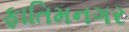
ફાતિમનગર